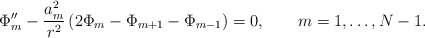
\begin{align*}\Phi_m'' - \frac{a_m^2}{r^2}\left(2\Phi_m - \Phi_{m+1}- \Phi_{m-1} \right)=0 ,\qquad m=1,\ldots,N-1 .\end{align*}